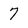
Character: 7